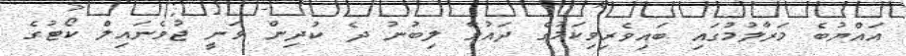
އައްޔުބެ މަރާލުމުގައި ބައިވެރިވިކަމުގެ ދައުވާ ލިބުނު ދެ ކުދިން ވަނީ ޖުވެނައިލް ކޯޓުގެ